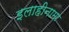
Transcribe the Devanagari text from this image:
इलाहीनामा